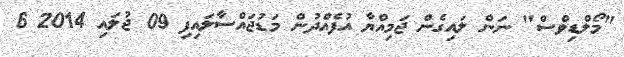
"މޯލްޑިވްސް" ނަން ލައިގެން ޖަމިއްޔާ އުފެއްދުން މަޑުޖައްސާލައިފި 09 ޖުލައި 2014 6